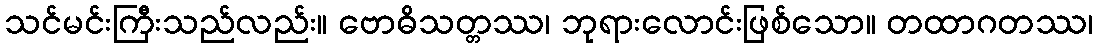
သင်မင်းကြီးသည်လည်း။ ဗောဓိသတ္တဿ၊ ဘုရားလောင်းဖြစ်သော။ တထာဂတဿ၊